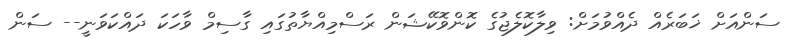
ސަންއަށް ޚަބަރެއް ދެއްވުމަށް: ވިލާކޮލެޖުގެ ކޮންވޮކޭޝަން ރަސްމިއްޔާތުގައި ގާސިމް ވާހަކަ ދައްކަވަނީ-- ސަން